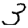
Digit: 3